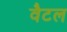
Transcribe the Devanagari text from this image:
वैटल